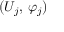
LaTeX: ( U _ { j } , \, \varphi _ { j } )